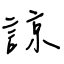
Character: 諒